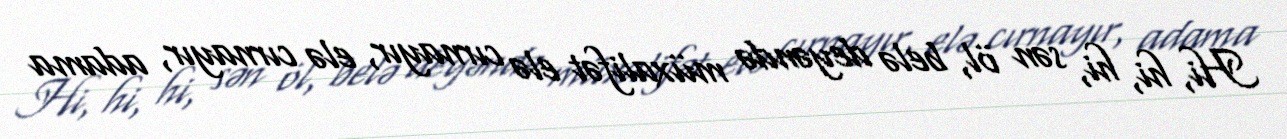
Hi, hi, hi, sən öl, belə deyəndə müxalifət elə cırnayır, elə cırnayır, adama